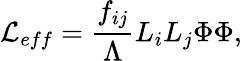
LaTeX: {\cal L}_{eff}={\frac{f_{ij}}{\Lambda}}L_{i}L_{j}\Phi\Phi,